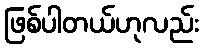
ဖြစ်ပါတယ်ဟုလည်း